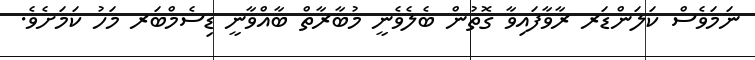
ނަމަވެސް ކަލަންޑަރ ރާވާފައިވާ ގޮތުން ބެލެވެނީ މުބާރާތް ބާއްވާނީ ޑިސެމްބަރ މަހު ކަމަށެވެ.